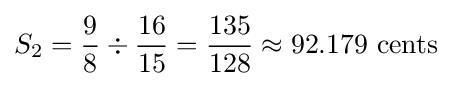
S_{2}={{9 \over 8}\div {16 \over 15}}={135 \over 128}\approx 92.179\ {\hbox{cents}}